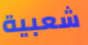
شعبية